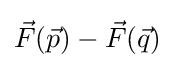
{\vec {F}}({\vec {p}})-{\vec {F}}({\vec {q}})